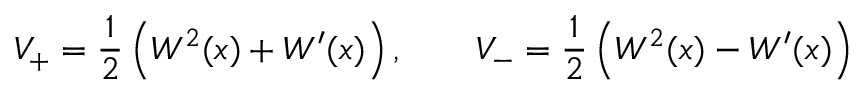
V _ { + } = { \frac { 1 } { 2 } } \left( W ^ { 2 } ( x ) + W ^ { \prime } ( x ) \right) , \qquad V _ { - } = { \frac { 1 } { 2 } } \left( W ^ { 2 } ( x ) - W ^ { \prime } ( x ) \right)